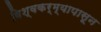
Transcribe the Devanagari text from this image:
विश्वकर्म्यापासून